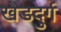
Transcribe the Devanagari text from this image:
खेडदुर्ग